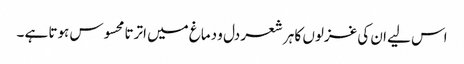
اس لیے ان کی غزلوں کا ہر شعر دل و دماغ میں اترتا محسوس ہوتا ہے ۔